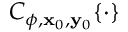
C _ { \phi , \mathbf { x } _ { 0 } , \mathbf { y } _ { 0 } } \{ \cdot \}